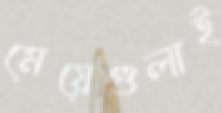
মেয়েগুলাই